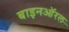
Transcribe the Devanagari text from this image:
बाइनऑरल